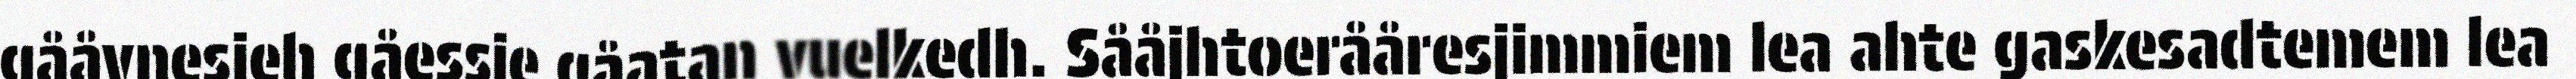
gååvnesieh gåessie gåatan vuelkedh. Sååjhtoerååresjimmiem lea ahte gaskesadtemem lea